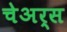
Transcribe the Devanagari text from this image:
चेअर्स